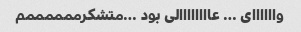
واااااای … عاااااااالی بود …متشکرممممممم